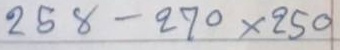
258 - 270 x 250